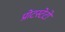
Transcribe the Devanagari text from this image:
प्रोटस्टेटों